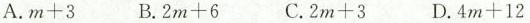
A.m+3 B.2m+6 C.2m+3 D.4m+12